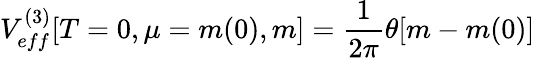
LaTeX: V_{eff}^{(3)}[T=0,\mu=m(0),m]=\frac{1}{2\pi}\theta[m-m(0)]